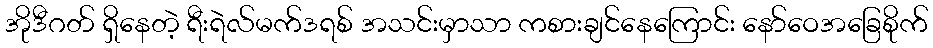
အိုဒီဂတ် ရှိနေတဲ့ ရီးရဲလ်မက်ဒရစ် အသင်းမှာသာ ကစားချင်နေကြောင်း နော်ဝေအခြေစိုက်